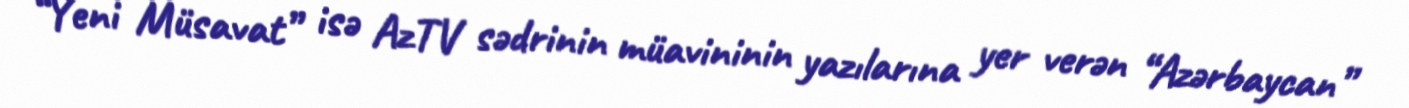
“Yeni Müsavat” isə AzTV sədrinin müavininin yazılarına yer verən “Azərbaycan”